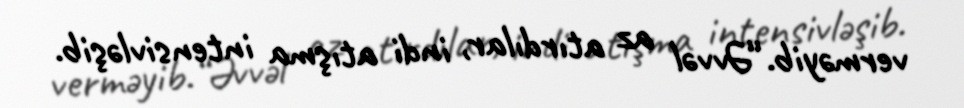
verməyib.“Əvvəl az atırdılar, indi atışma intensivləşib.